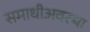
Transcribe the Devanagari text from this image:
समाधीअवस्था